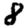
Digit: 8